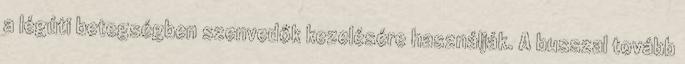
a légúti betegségben szenvedők kezelésére használják. A busszal tovább